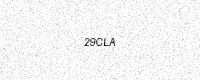
Text: 29CLA